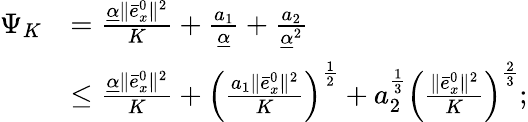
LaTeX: \begin{array}{rl}{\Psi_{K}}&{=\frac{\underline{{\alpha}}\| \bar{e}_{x}^{0}\| ^{2}}{K}+\frac{a_{1}}{\underline{{\alpha}}}+\frac{a_{2}}{\underline{{\alpha}}^{2}}}\\ &{\leq\frac{\underline{{\alpha}}\| \bar{e}_{x}^{0}\| ^{2}}{K}+\left(\frac{a_{1}\| \bar{e}_{x}^{0}\| ^{2}}{K}\right)^{\frac{1}{2}}+a_{2}^{\frac{1}{3}}\left(\frac{\| \bar{e}_{x}^{0}\| ^{2}}{K}\right)^{\frac{2}{3}};}\end{array}